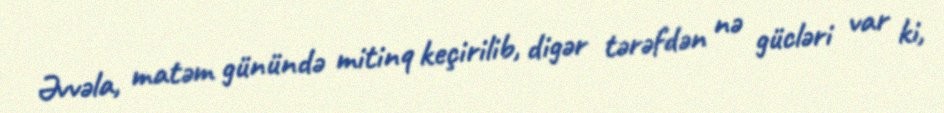
Əvvəla, matəm günündə mitinq keçirilib, digər tərəfdən nə gücləri var ki,